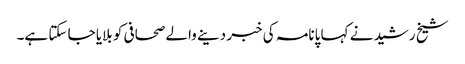
شیخ رشید نے کہا پانامہ کی خبر دینے والے صحافی کو بلایا جا سکتا ہے۔